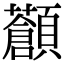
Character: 𩕹